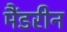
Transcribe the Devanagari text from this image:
मैंडरीन